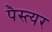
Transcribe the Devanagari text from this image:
पैस्त्यर